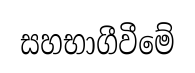
සහභාගීවීමේ